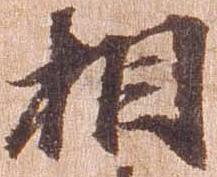
相